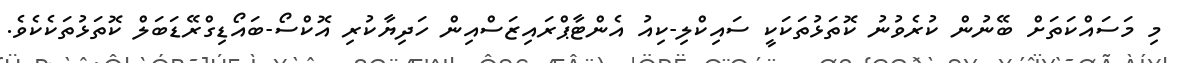
މި މަސައްކަތަށް ބޭނުން ކުރެވުނު ކޮތަޅުތަކަކީ ސައިކްލި-ކިއު އެންޓާޕްރައިޒަސްއިން ހަދިޔާކުރި އޮކްސޯ-ބައޯޑިގްރޭޑަބަލް ކޮތަޅުތަކެކެވެ.